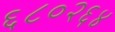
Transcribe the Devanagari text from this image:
६८०२६४